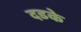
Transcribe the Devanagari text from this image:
दडके